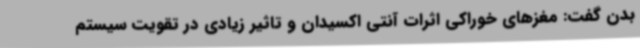
بدن گفت: مغزهای خوراکی اثرات آنتی اکسیدان و تاثیر زیادی در تقویت سیستم